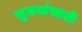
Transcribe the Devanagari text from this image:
सुचनांसाठी